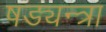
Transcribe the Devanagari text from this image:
षड्यन्त्रा